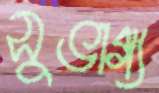
সুভাগ্য